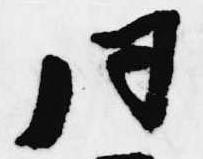
同